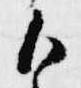
御